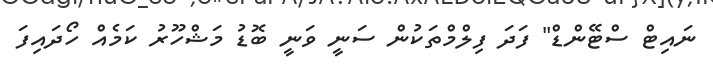
ނައިޓް ސްޓޭންޑް" ފަދަ ފިލްމްތަކުން ސަނީ ވަނީ ބޮޑު މަޝްހޫރު ކަމެއް ހޯދައިފަ